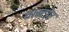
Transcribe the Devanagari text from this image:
थान्टोर